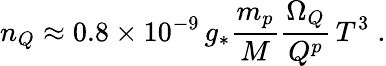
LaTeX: n_{Q}\approx 0.8\times 10^{-9}\, g_{\ast}\frac{m_{p}}{M}\frac{\Omega_{Q}}{Q^{p}}\, T^{3}\; .